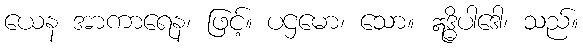
ယေန အာကာရေန၊ ဖြင့်။ ပဌမော၊ သော။ ဣဒ္ဓိပါဒေါ၊ သည်။